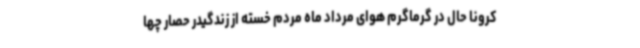
کرونا حال در گرماگرم هوای مرداد ماه مردم خسته از زندگیدر حصار چها